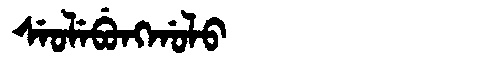
Manchu: ᠰᡝᠣᠯᡝᠪᡠᠩᡤᠣᠯᠣ
Romanization: SEOLEBUNGGOLO